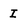
Character: I